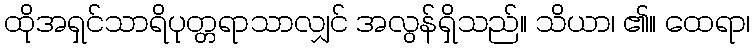
ထိုအရှင်သာရိပုတ္တရာသာလျှင် အလွန်ရှိသည်။ သိယာ၊ ၏။ ထေရာ၊